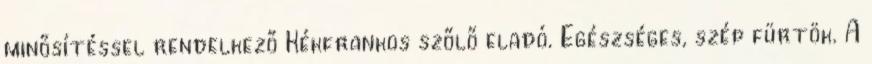
minősítéssel rendelkező Kékfrankos szőlő eladó. Egészséges, szép fürtök. A